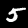
Label: 5